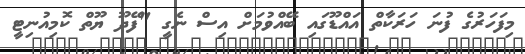
މިފަހަރުގެ ފުނަ ހަރަކާތް އައްޑޫގައި ބޭއްވުމަށް އިސް ނެގީ "ފޭދޫ ޔޫތް ކޮމިއުނިޓީ